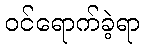
ဝင်ရောက်ခဲ့ရာ